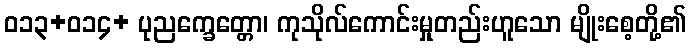
ဝ၁၃+၀၁၄+ ပုညက္ခေတ္တော၊ ကုသိုလ်ကောင်းမှုတည်းဟူသော မျိုးစေ့တို့၏